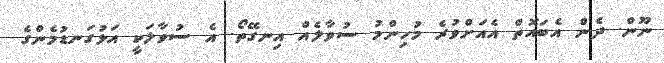
ނޫން. ދެން އެބައޮތް އެއަށްވުރެ މުހިންމު ސުވާލެއް އިނގޭތޯ. އެ ސުވާލަކީ އަޅުގަނޑުމެންގެ